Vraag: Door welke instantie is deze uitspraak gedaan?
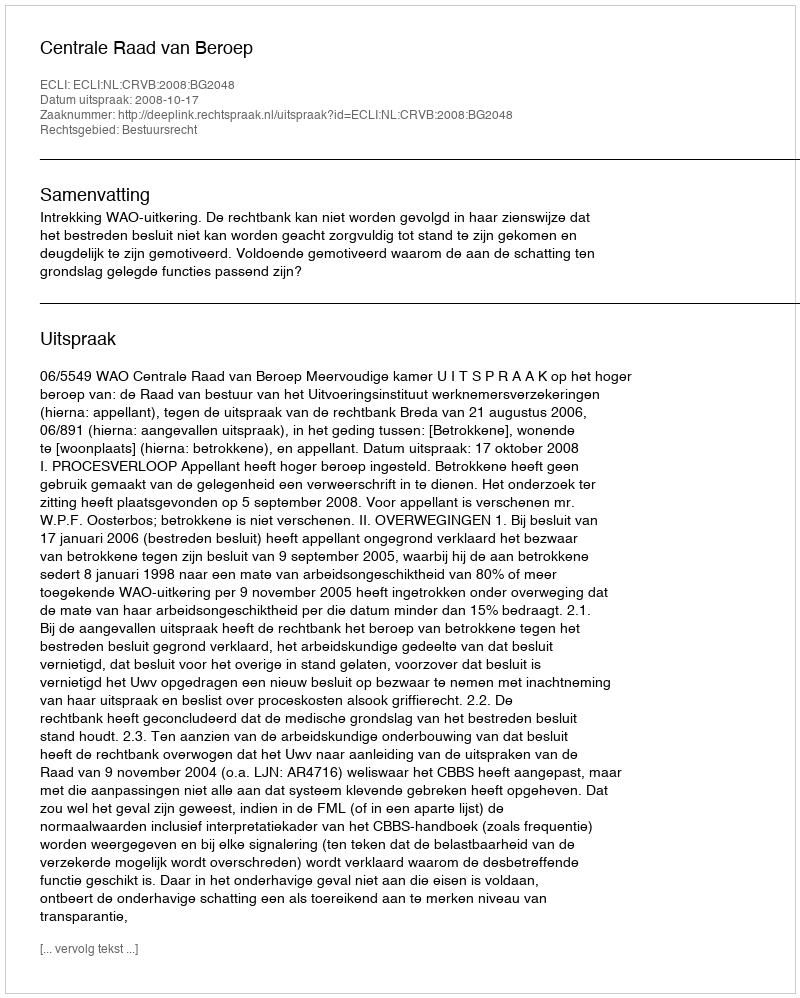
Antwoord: Centrale Raad van Beroep